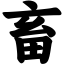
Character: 畜